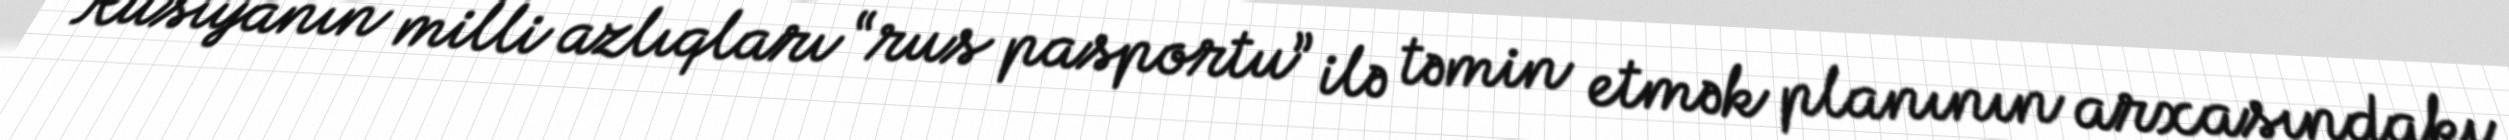
Rusiyanın milli azlıqları “rus pasportu” ilə təmin etmək planının arxasındakı